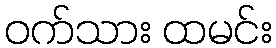
ဝက်သား ထမင်း